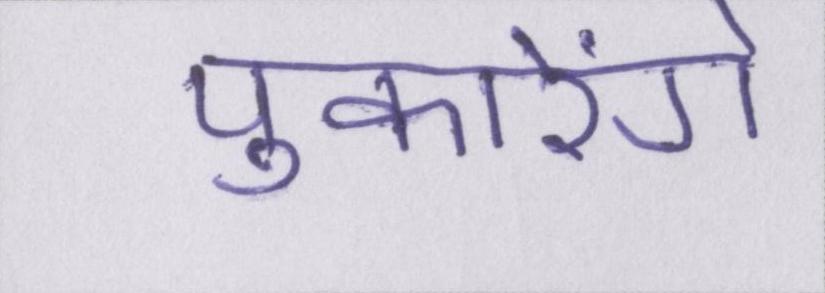
पुकारेंगे